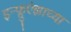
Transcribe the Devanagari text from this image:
इन्फ्लुएंझाच्या